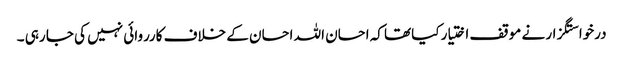
درخواستگزار نے موقف اختیار کیاتھا کہ احسان اللہ احسان کے خلاف کارروائی نہیں کی جا رہی ۔